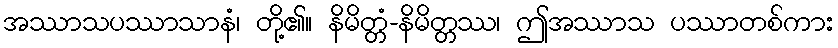
အဿာသပဿာသာနံ၊ တို့၏။ နိမိတ္တံ-နိမိတ္တဿ၊ ဤအဿာသ ပဿာတစ်ကား